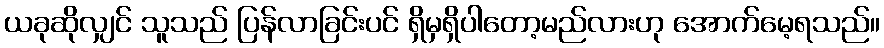
ယခုဆိုလျှင် သူသည် ပြန်လာခြင်းပင် ရှိမှရှိပါတော့မည်လားဟု အောက်မေ့ရသည်။